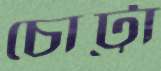
চোট্টা